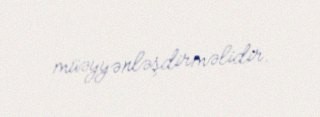
müəyyənləşdirməlidir.